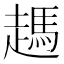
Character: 𧽙